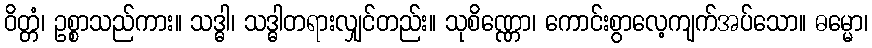
ဝိတ္တံ၊ ဥစ္စာသည်ကား။ သဒ္ဓါ၊ သဒ္ဓါတရားလျှင်တည်း။ သုစိဏ္ဏော၊ ကောင်းစွာလေ့ကျက်အပ်သော။ ဓမ္မော၊